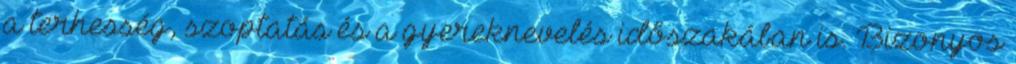
a terhesség, szoptatás és a gyereknevelés időszakában is. Bizonyos